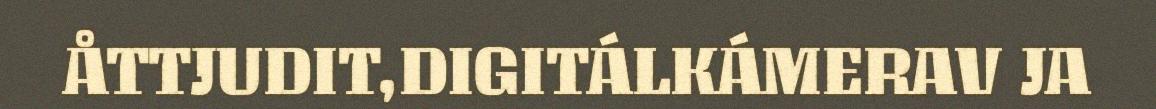
ÅTTJUDIT,DIGITÁLKÁMERAV JA